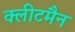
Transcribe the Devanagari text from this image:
क्लीटमैन